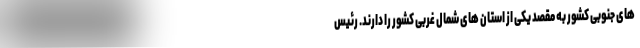
های جنوبی کشور به مقصد یکی از استان های شمال غربی کشور را دارند. رئیس